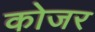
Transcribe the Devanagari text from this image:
कोजर